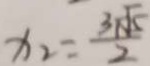
x _ { 2 } = \frac { 3 - \sqrt { 5 } } { 2 }